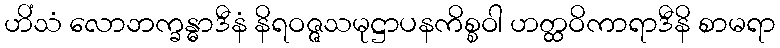
ဟိံသံ လောဘက္ခန္ဓာဒီနံ နိရဝဇ္ဇသမုဋ္ဌာပနကိစ္စဝါ ဟတ္ထဝိကာရာဒီနိ စာမရာ